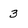
Character: 3